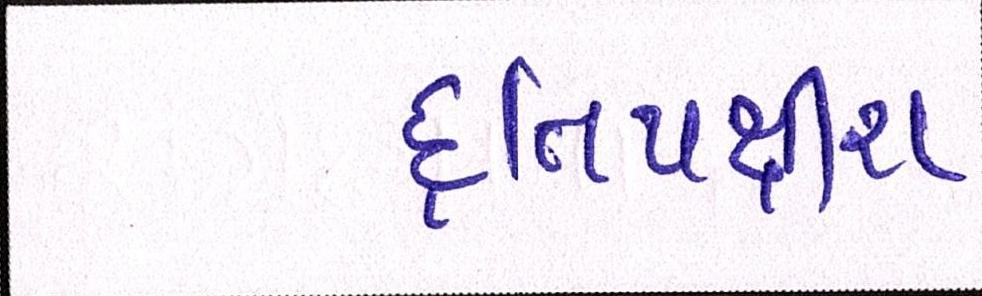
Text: દ્વિપક્ષીય